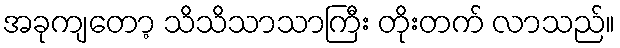
အခုကျတော့ သိသိသာသာကြီး တိုးတက် လာသည်။